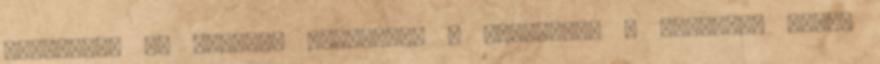
részletek is gyakran feltűnnek a szövegben - továbbra sincs